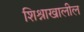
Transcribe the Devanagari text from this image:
शिश्नाखालील